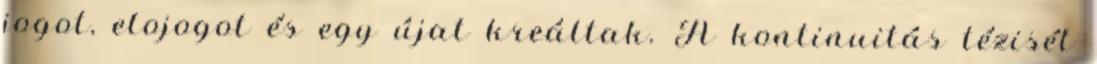
jogot, elojogot és egy újat kreáltak. A kontinuitás tézisét